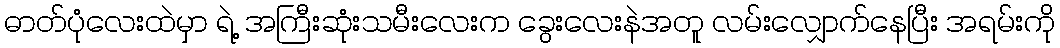
ဓာတ်ပုံလေးထဲမှာ ရဲ့ အကြီးဆုံးသမီးလေးက ခွေးလေးနဲအတူ လမ်းလျှောက်နေပြီး အရမ်းကို